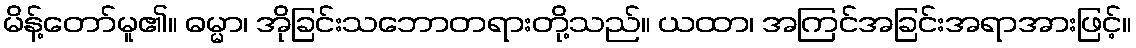
မိန့်တော်မူ၏။ ဓမ္မာ၊ အိုခြင်းသဘောတရားတို့သည်။ ယထာ၊ အကြင်အခြင်းအရာအားဖြင့်။